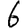
Digit: 6